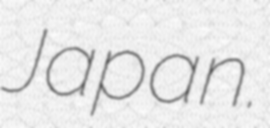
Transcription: Japan.